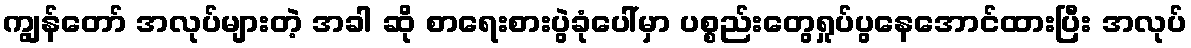
ကျွန်တော် အလုပ်များတဲ့ အခါ ဆို စာရေးစားပွဲခုံပေါ်မှာ ပစ္စည်းတွေရှုပ်ပွနေအောင်ထားပြီး အလုပ်